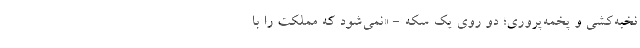
نُخبه‌کُشی و پَخمه‌پروری؛ دو روی یک سکه - «نمی‌شود که مملکت را با